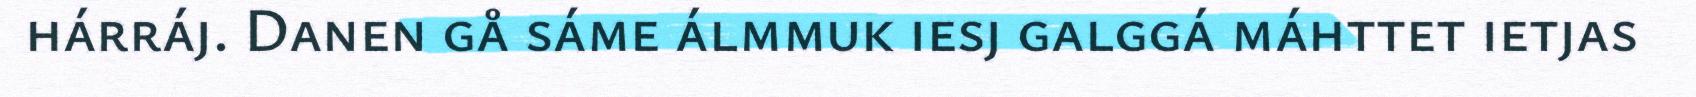
hárráj. Danen gå sáme álmmuk iesj galggá máhttet ietjas